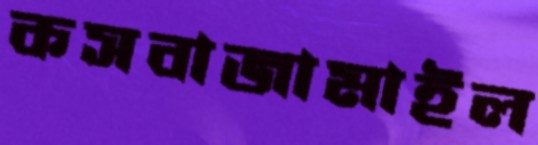
কসবাজামাইল